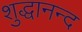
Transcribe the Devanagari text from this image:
शुद्धानन्द